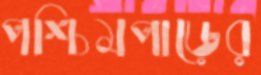
পশ্চিমপাড়ের